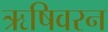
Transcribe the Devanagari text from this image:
ऋषिवरन